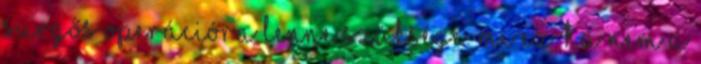
sürgős operációra lenne szüksége. Mi ez, ha nem a